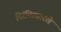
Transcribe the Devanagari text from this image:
पिरॅमिडसारखे